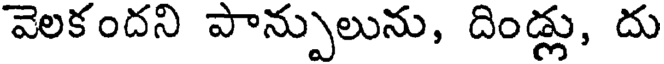
వెలకందని పాన్పులును, దిండ్లు, దు